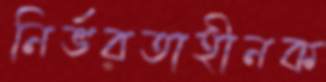
নির্ভরতাহীনক